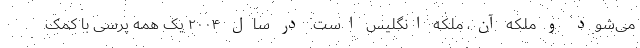
می‌شود و ملکه آن، ملکه انگلیس است. در سال ۲۰۰۴ یک همه پرسی با کمک